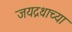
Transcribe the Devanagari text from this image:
जयद्रथाच्या